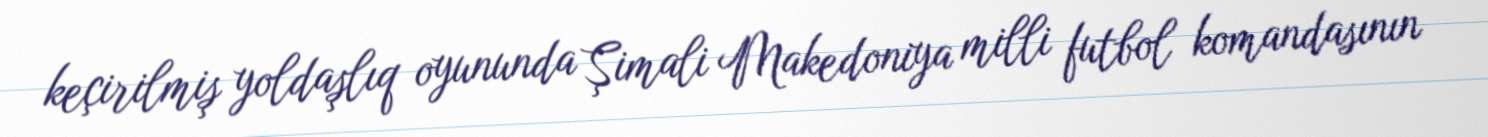
keçirilmiş yoldaşlıq oyununda Şimali Makedoniya milli futbol komandasının